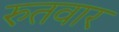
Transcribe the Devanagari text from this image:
रुतवार